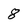
Character: 8